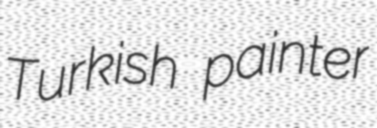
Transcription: Turkish painter